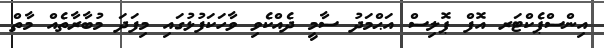
އިންސްޕެކްޓަރ އޮފް ޕޮލިސް އަޙްމަދު ސާމީ ދެއްކެވި ވާހަކަފުޅުގައި މިފަދަ މުބާރާތެއް މާތް